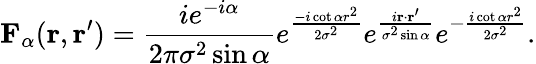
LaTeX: \textbf{F}_{\alpha}(\textbf{r},\textbf{r}^{\prime})=\frac{ie^{-i\alpha}}{2\pi\sigma^{2}\sin\alpha}e^{\frac{-i\cot\alpha r^{2}}{2\sigma^{2}}}e^{\frac{i\textbf{r}\cdot\textbf{r}^{\prime}}{\sigma^{2}\sin\alpha}}e^{-\frac{i\cot\alpha r^{2}}{2\sigma^{2}}}.